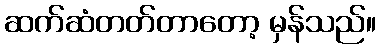
ဆက်ဆံတတ်တာတော့ မှန်သည်။